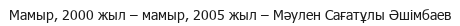
Мамыр, 2000 жыл – мамыр, 2005 жыл – Мәулен Сағатұлы Әшімбаев